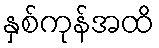
နှစ်ကုန်အထိ